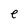
Character: e